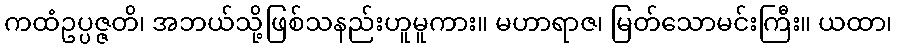
ကထံဥပ္ပဇ္ဇတိ၊ အဘယ်သို့ဖြစ်သနည်းဟူမူကား။ မဟာရာဇ၊ မြတ်သောမင်းကြီး။ ယထာ၊